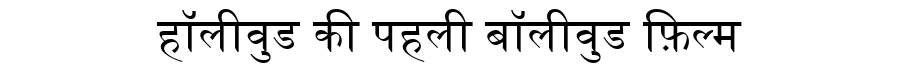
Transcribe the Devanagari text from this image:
हॉलीवुड की पहली बॉलीवुड फ़िल्म